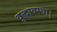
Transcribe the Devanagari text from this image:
वृद्धावस्था।